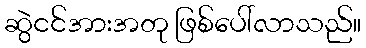
ဆွဲငင်အားအတု ဖြစ်ပေါ်လာသည်။